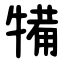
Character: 犕